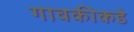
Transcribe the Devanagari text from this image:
गावकीकडे